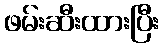
ဖမ်းဆီးထားပြီး